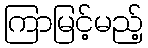
ကြာမြင့်မည့်